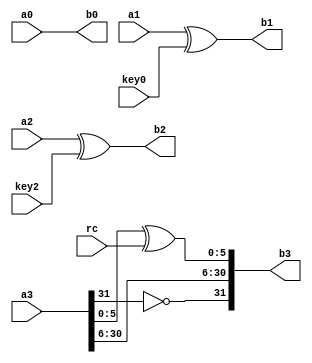

module AddRoundKey(a0,a1,a2,a3,
                   key0,
                   key2,
                   rc,
                   b0,b1,b2,b3);

input [31:0] a0,a1,a2,a3;
input [31:0] key0;
input [31:0] key2;
input [5:0]  rc;
output[31:0] b0,b1,b2,b3;

assign b0 = a0;
assign b1 = a1 ^ key0;
assign b2 = a2 ^ key2;

assign b3[31]   = a3[31] ^ 1'b1;
assign b3[30:6] = a3[30:6];
assign b3[5:0]  = a3[5:0] ^ rc;

endmodule